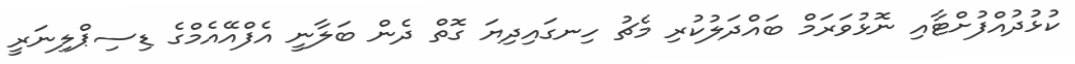
ކުޅުދުއްފުށްޓާއި ނޮޅުވަރަމް ބައްދަލުކުރި މެޗު ހިނގައިދިޔަ ގޮތް ދެން ބަލާނީ އެފްއޭއެމްގެ ޑިސިޕްލިނަރީ